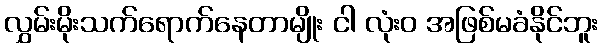
လွှမ်းမိုးသက်ရောက်နေတာမျိုး ငါ လုံးဝ အဖြစ်မခံနိုင်ဘူး